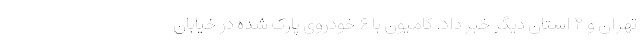
تهران و ۲ استان دیگر خبر داد. کامیون با ۶ خودروی پارک شده در خیابان